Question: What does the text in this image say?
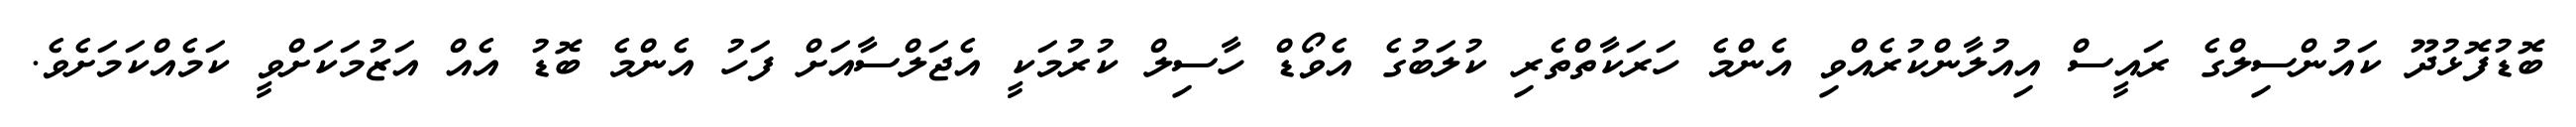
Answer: ބޮޑުފޮޅުދޫ ކައުންސިލްގެ ރައީސް އިއުލާންކުރެއްވި އެންމެ ހަރަކާތްތެރި ކުލަބުގެ އެވޯޑް ހާސިލް ކުރުމަކީ އެޖަލްސާއަށް ފަހު އެންމެ ބޮޑު އެއް އަޒުމަކަށްވީ ކަމެއްކަމަށެވެ.